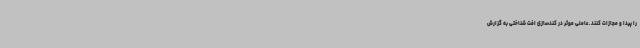
را پیدا و مجازات کنند. عاملی موثر در کندسازی افت شناختی به گزارش